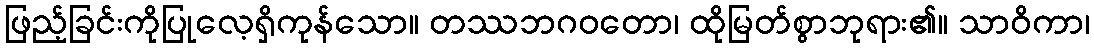
ဖြည့်ခြင်းကိုပြုလေ့ရှိကုန်သော။ တဿဘဂဝတော၊ ထိုမြတ်စွာဘုရား၏။ သာဝိကာ၊